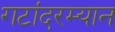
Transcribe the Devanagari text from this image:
गटांदरम्यान